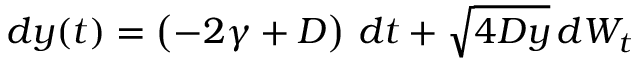
\begin{array} { r } { d y ( t ) = \left( - 2 \gamma + D \right) \, d t + \sqrt { 4 D y } \, d W _ { t } } \end{array}